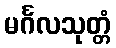
မင်္ဂလသုတ္တံ